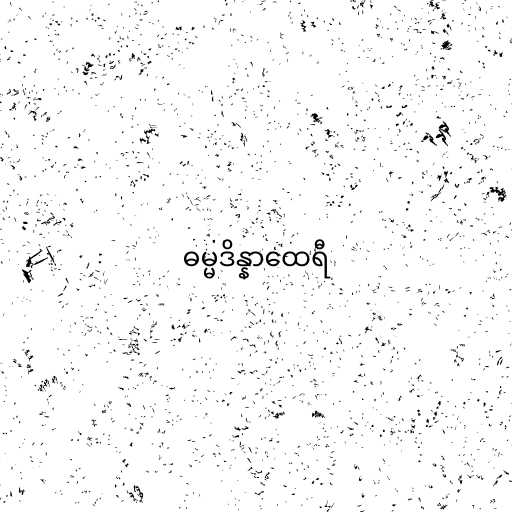
ဓမ္မဒိန္နာထေရီ